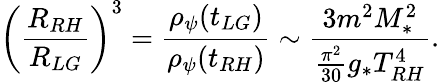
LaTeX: \left(\frac{R_{RH}}{R_{LG}}\right)^{3}=\frac{\rho_{\psi}(t_{LG})}{\rho_{\psi}(t_{RH})}\sim\frac{3m^{2}M_{*}^{2}}{\frac{\pi^{2}}{30}g_{*}T_{RH}^{4}}.